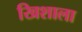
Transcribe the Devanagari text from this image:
खिशाला